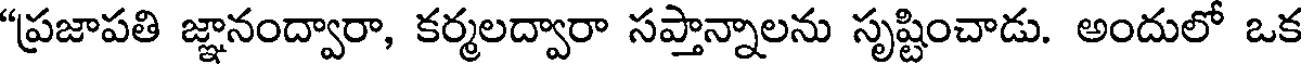
"ప్రజాపతి జ్ఞానంద్వారా, కర్మలద్వారా సప్తాన్నాలను సృష్టించాడు. అందులో ఒక